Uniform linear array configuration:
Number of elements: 8
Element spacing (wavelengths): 0.5
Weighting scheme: uniform
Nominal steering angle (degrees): -60
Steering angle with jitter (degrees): -59.818
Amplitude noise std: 0.05
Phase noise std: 0.05

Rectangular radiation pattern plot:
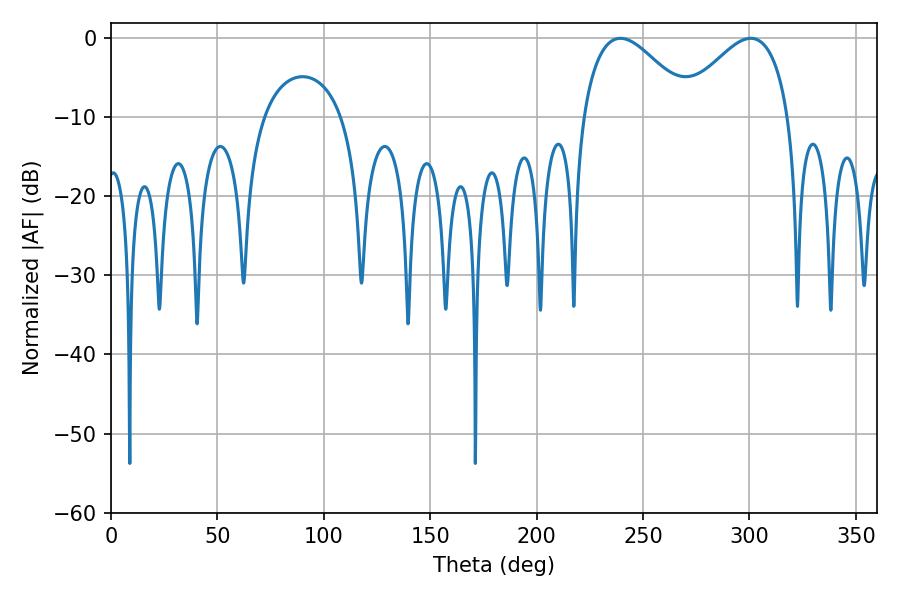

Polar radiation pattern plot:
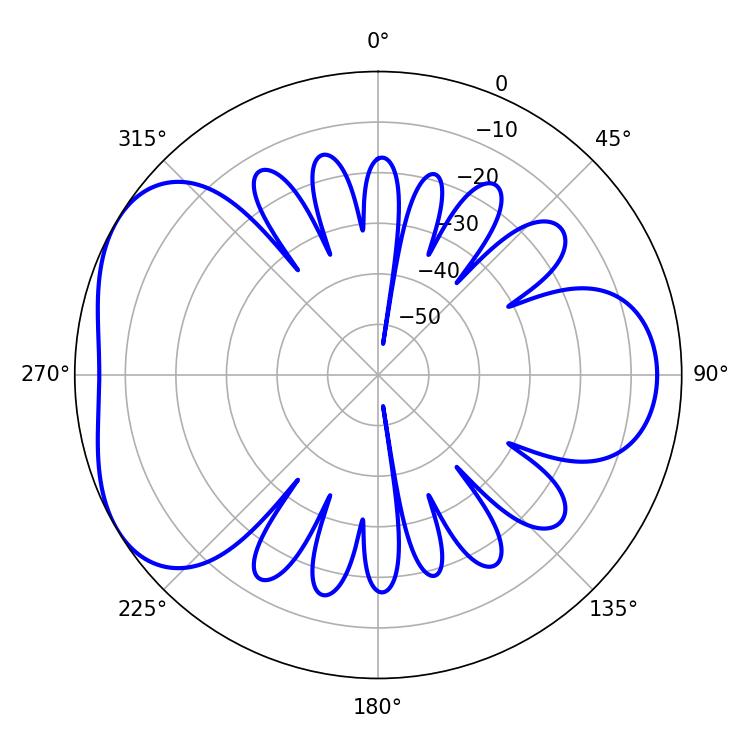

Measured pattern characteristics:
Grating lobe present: FALSE
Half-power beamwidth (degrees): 27.9
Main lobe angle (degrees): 239.4